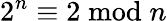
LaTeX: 2^{n}\equiv 2{\bmod{n}}